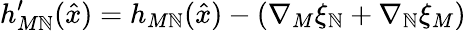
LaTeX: h_{M\mathbb{N}}^{\prime}(\hat{{x}})=h_{M\mathbb{N}}(\hat{{x}})-\left(\nabla_{M}\xi_{\mathbb{N}}+\nabla_{\mathbb{N}}\xi_{M}\right)